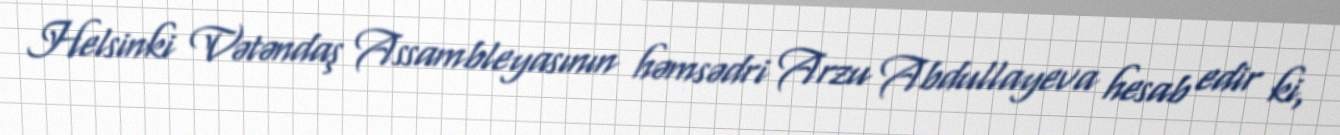
Helsinki Vətəndaş Assambleyasının həmsədri Arzu Abdullayeva hesab edir ki,